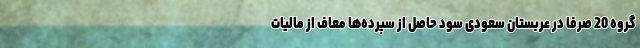
گروه 20 صرفاً در عربستان سعودی سود حاصل از سپرده‌ها معاف از مالیات